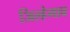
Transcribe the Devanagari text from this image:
जिल्हेगाव